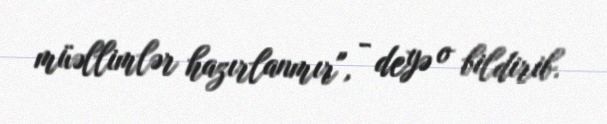
müəllimlər hazırlanmır", - deyə o bildirib.